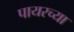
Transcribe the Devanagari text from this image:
पायरच्या